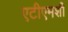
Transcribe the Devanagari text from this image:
एटीएमशी